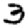
Digit: 3